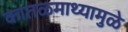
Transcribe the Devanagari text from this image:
कातळमाथ्यामुळे